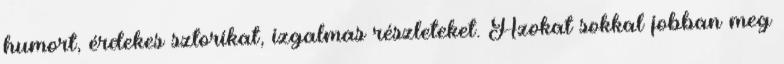
humort, érdekes sztorikat, izgalmas részleteket. Azokat sokkal jobban meg